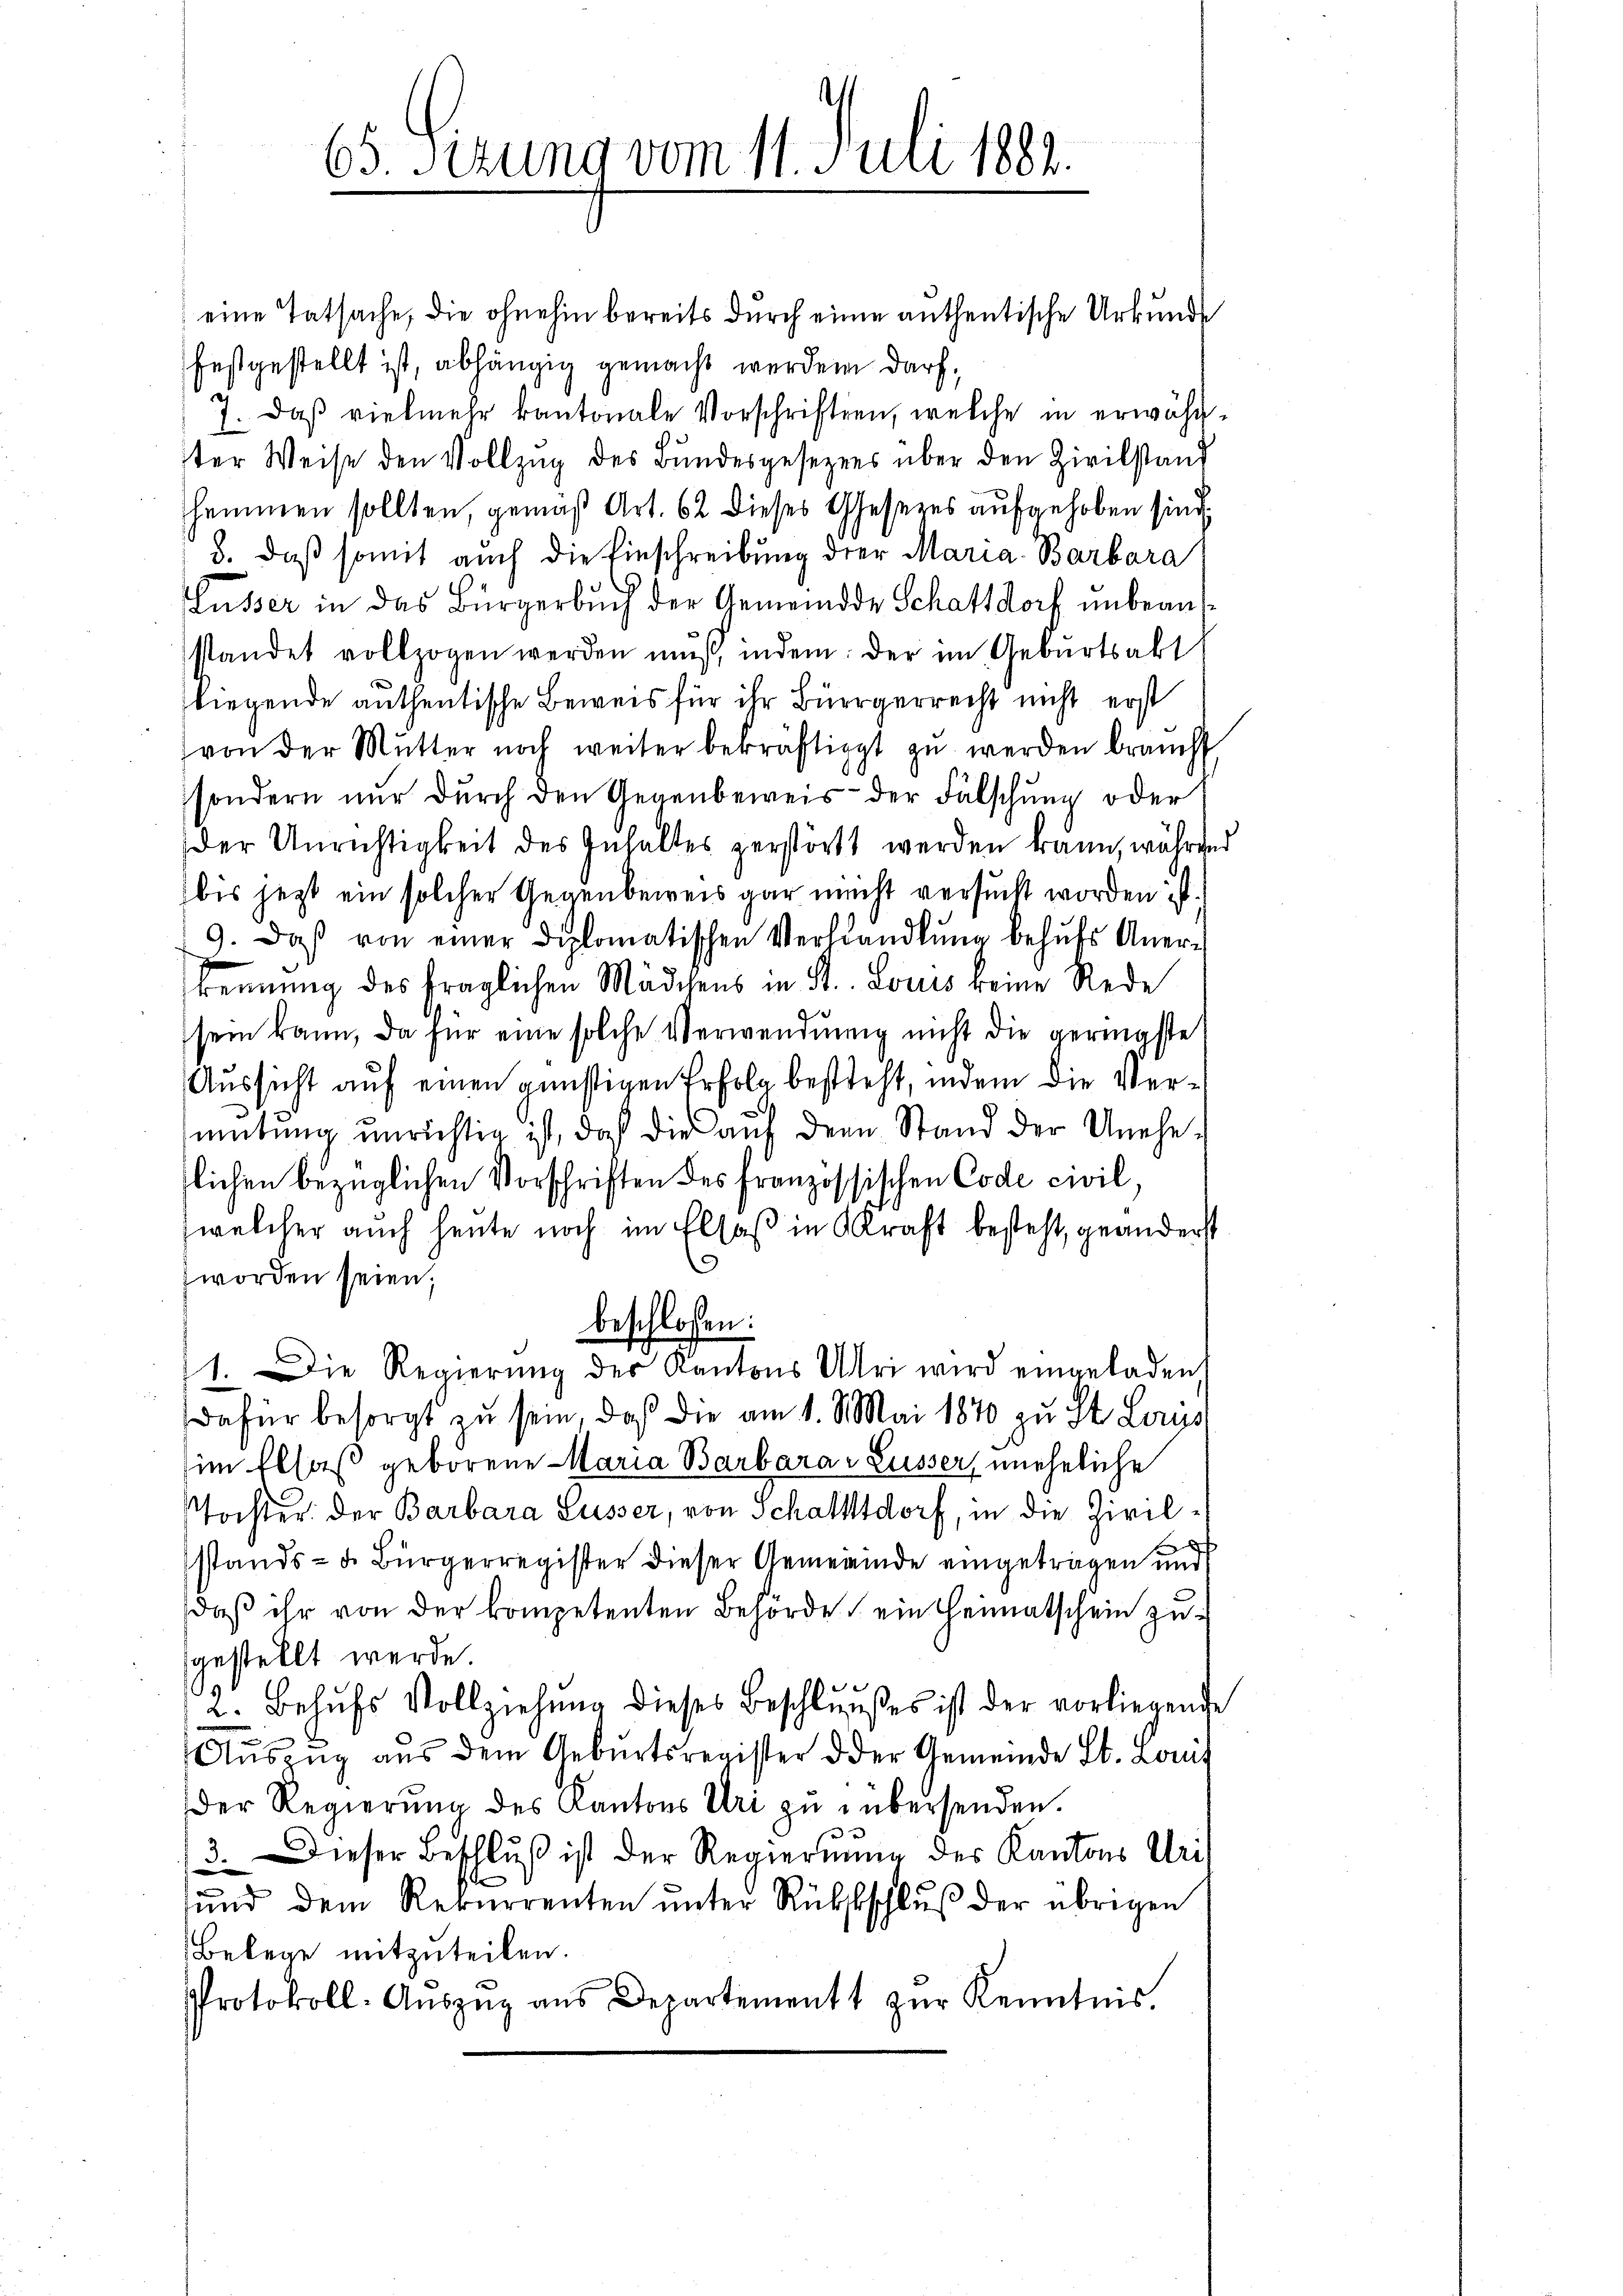
65. Sizung vom 11. Juli 1882.

eine Tatsache, die ohnehin bereits durch einen anthentische Urkunde
festgestellt ist, abhängig gemacht werden darf,
7. Daß vielmehr kantonale Vorschriften, welche in erwähnster Weise den Vollzug des Bundesgesezens über den Zivilstand
hammen sollten, gemäß Art. 62 dieses Gesezes aufgehoben sind.
3. daß somit auch die Einschreibung der Maria Barbara
Kusser in das Bürgerbuch der Gemeinde Schattdorf unbeantstandet vollzogen werden mŭβ, indem: der im Geburtsakt
liegende anthentische Beweis für ihr Bürgerrecht nicht erst
von der Mŭtter noch weiter bekräftigt zŭ werden braucht
sondern nur durch den Gegenbeweis der Fälschung oder
der Unrichtigkeit des Inhaltes zerstört werden kann, während
bis jetzt ein solcher Gegenbeweis gar nicht versucht worden ist.
9. daβ von einer diplomatischen Verhandlŭng behŭfs Aner-
kennung des fraglichen Mädchens in St. Louis keine Rede
sein kann, da für eine solche Verwendung nicht die geringste
Aussicht auf einen günstigen Erfolg besteht, indem die Vermütŭng unrichtig ist, daß die aŭf dem Stand der Unehe-
lichen bezüglichen Vorschriften des französsischen Code civil
(welcher auch heute noch im Elsaß in Kraft besteht, geänderst
worden seien;
beschlossen:
1. Die Regierŭng des Kantons Uri wird eingeladen
dafür besorgt zu sein, daß die am 1. Mai 1870 zu St. Laus
im Elsaß geborene Maria Barbara Lusser, uneheliche
stochter der Barbara Lusser, von Schattttdorf, in die Zivilstands- u. Bürgerregister dieser Gemeinde eingetragen und
daβ ihr von der kompetenten Behörde ein Heimatschein zusgestellt werde.
2. Behŭfs Vollziehŭng dieses Beschlußes ist der vorliegende
Auszug aus dem Geburtsregister d der Gemeinde St. Louis
Der Regierŭng des Kantons Uri zu übersenden.
3. Dieser Beschluß ist der Regierung des Kantons Arit
ŭnd dem Rekurrenten ŭnter Rükstschlŭβ der übrigen
Belege mitzuteilen.
Protokoll-Aŭszŭg ans Departement zŭr Kenntnis.